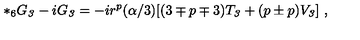
{ * _ { 6 } } G _ { \it 3 } - i G _ { \it 3 } = - i r ^ { p } ( \alpha / 3 ) [ ( 3 \mp p \mp 3 ) T _ { \it 3 } + ( p \pm p ) V _ { \it 3 } ] \ ,